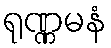
ရုဏ္ဏမနံ